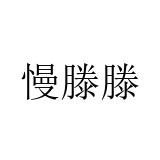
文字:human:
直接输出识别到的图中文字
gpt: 慢滕滕